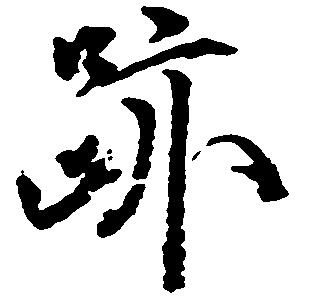
跡